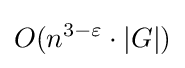
O(n^{3-\varepsilon }\cdot |G|)